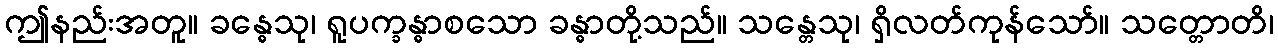
ဤနည်းအတူ။ ခန္ဓေသု၊ ရူပက္ခန္ဓာစသော ခန္ဓာတို့သည်။ သန္တေသု၊ ရှိလတ်ကုန်သော်။ သတ္တောတိ၊